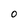
Character: o